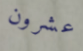
عشرون